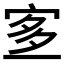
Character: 𡨆